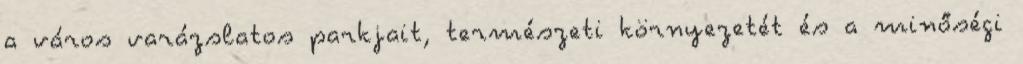
a város varázslatos parkjait, természeti környezetét és a minőségi